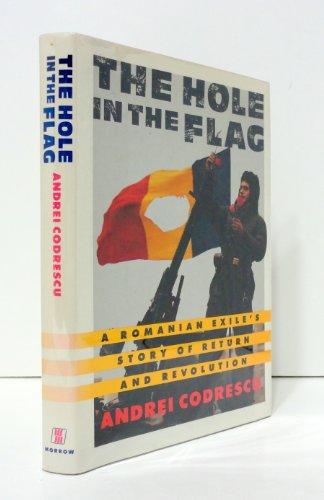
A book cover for The Hole in the Flag: A Romanian Exile's Story of Return and Revolution; Andrei Codrescu; History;